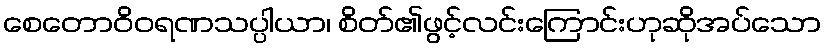
စေတောဝိဝရဏသပ္ပါယာ၊ စိတ်၏ဖွင့်လင်းကြောင်းဟုဆိုအပ်သော